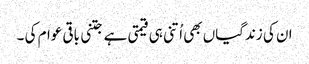
ان کی زندگیاں بھی اُتنی ہی قیمتی ہے جتنی باقی عوام کی ۔